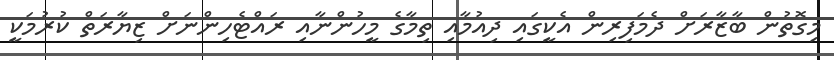
މިގޮތުން ބާޒާރަށް ދެމަފިރިން އެކީގައި ދިއުމާއި ތިމާގެ މީހުންނާއި ރައްޓެހިންނަށް ޒިޔާރަތް ކުރުމަކީ